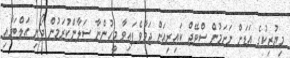
މިޔުޒިކުގެ އަޑަށް ނަށަމުން ސްޓޭޖް ކައިރިއަށް ޖަމާވެފައިވާ މީހުންނާ ސަލާންކުރަމުން ދޯނި އަލްބަމާއި